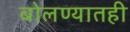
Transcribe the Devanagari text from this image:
बोलण्यातही